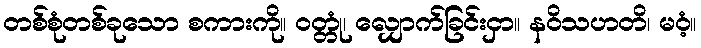
တစ်စုံတစ်ခုသော စကားကို။ ဝတ္တုံ၊ လျှောက်ခြင်းငှာ။ နဝိသဟတိ၊ မဝံ့။